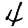
Digit: 4